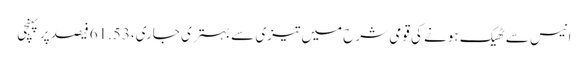
انیس سے ٹھیک ہونے کی قومی شرح میں تیزی سے بہتری جاری،61.53فیصد پر پہنچی